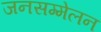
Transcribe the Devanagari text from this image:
जनसम्मेलन